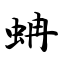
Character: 蚺